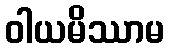
ဝါယမိဿာမ